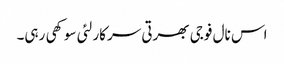
اس نال فوجی بھرتی سرکار لئی سوکھی رہی۔